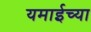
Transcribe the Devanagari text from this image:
यमाईच्या